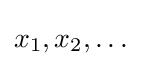
x_{1},x_{2},\dots